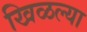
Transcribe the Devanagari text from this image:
खिळल्या